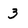
Character: 3